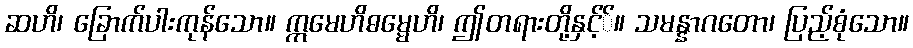
ဆဟိ၊ ခြောက်ပါးကုန်သော။ ဣမေဟိဓမ္မေဟိ၊ ဤတရားတို့နှင့််။ သမန္နာဂတော၊ ပြည့်စုံသော။